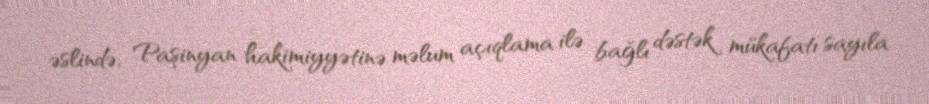
əslində, Paşinyan hakimiyyətinə məlum açıqlama ilə bağlı dəstək mükafatı sayıla